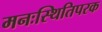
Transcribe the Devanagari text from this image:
मनःस्थितिपरक